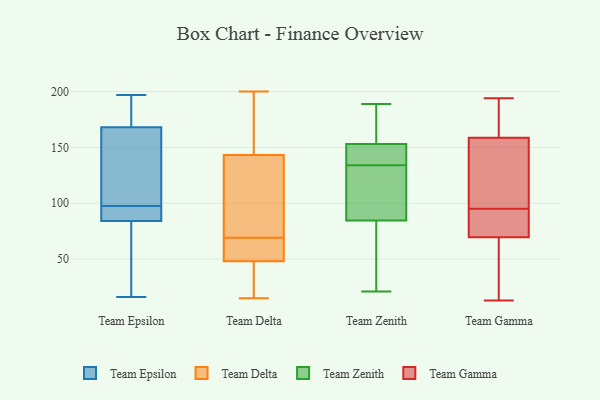
{"axis": {"x": "Revenue (USD Million)", "y": "Value"}, "legend": ["Team Delta", "Team Epsilon", "Team Gamma", "Team Zenith"], "data": [{"x": "", "y": 91, "type": "Team Epsilon"}, {"x": "", "y": 137, "type": "Team Epsilon"}, {"x": "", "y": 84, "type": "Team Epsilon"}, {"x": "", "y": 104, "type": "Team Epsilon"}, {"x": "", "y": 16, "type": "Team Epsilon"}, {"x": "", "y": 168, "type": "Team Epsilon"}, {"x": "", "y": 69, "type": "Team Epsilon"}, {"x": "", "y": 197, "type": "Team Epsilon"}, {"x": "", "y": 91, "type": "Team Epsilon"}, {"x": "", "y": 36, "type": "Team Epsilon"}, {"x": "", "y": 181, "type": "Team Epsilon"}, {"x": "", "y": 152, "type": "Team Epsilon"}, {"x": "", "y": 90, "type": "Team Epsilon"}, {"x": "", "y": 170, "type": "Team Epsilon"}, {"x": "", "y": 48, "type": "Team Delta"}, {"x": "", "y": 148, "type": "Team Delta"}, {"x": "", "y": 103, "type": "Team Delta"}, {"x": "", "y": 108, "type": "Team Delta"}, {"x": "", "y": 69, "type": "Team Delta"}, {"x": "", "y": 15, "type": "Team Delta"}, {"x": "", "y": 193, "type": "Team Delta"}, {"x": "", "y": 129, "type": "Team Delta"}, {"x": "", "y": 28, "type": "Team Delta"}, {"x": "", "y": 68, "type": "Team Delta"}, {"x": "", "y": 39, "type": "Team Delta"}, {"x": "", "y": 110, "type": "Team Delta"}, {"x": "", "y": 200, "type": "Team Delta"}, {"x": "", "y": 50, "type": "Team Delta"}, {"x": "", "y": 151, "type": "Team Delta"}, {"x": "", "y": 55, "type": "Team Delta"}, {"x": "", "y": 20, "type": "Team Delta"}, {"x": "", "y": 48, "type": "Team Delta"}, {"x": "", "y": 150, "type": "Team Delta"}, {"x": "", "y": 152, "type": "Team Zenith"}, {"x": "", "y": 21, "type": "Team Zenith"}, {"x": "", "y": 23, "type": "Team Zenith"}, {"x": "", "y": 154, "type": "Team Zenith"}, {"x": "", "y": 189, "type": "Team Zenith"}, {"x": "", "y": 140, "type": "Team Zenith"}, {"x": "", "y": 32, "type": "Team Zenith"}, {"x": "", "y": 128, "type": "Team Zenith"}, {"x": "", "y": 113, "type": "Team Zenith"}, {"x": "", "y": 176, "type": "Team Zenith"}, {"x": "", "y": 107, "type": "Team Zenith"}, {"x": "", "y": 143, "type": "Team Zenith"}, {"x": "", "y": 86, "type": "Team Zenith"}, {"x": "", "y": 171, "type": "Team Zenith"}, {"x": "", "y": 143, "type": "Team Zenith"}, {"x": "", "y": 83, "type": "Team Zenith"}, {"x": "", "y": 19, "type": "Team Gamma"}, {"x": "", "y": 155, "type": "Team Gamma"}, {"x": "", "y": 65, "type": "Team Gamma"}, {"x": "", "y": 90, "type": "Team Gamma"}, {"x": "", "y": 71, "type": "Team Gamma"}, {"x": "", "y": 95, "type": "Team Gamma"}, {"x": "", "y": 113, "type": "Team Gamma"}, {"x": "", "y": 185, "type": "Team Gamma"}, {"x": "", "y": 115, "type": "Team Gamma"}, {"x": "", "y": 170, "type": "Team Gamma"}, {"x": "", "y": 194, "type": "Team Gamma"}, {"x": "", "y": 188, "type": "Team Gamma"}, {"x": "", "y": 92, "type": "Team Gamma"}, {"x": "", "y": 13, "type": "Team Gamma"}, {"x": "", "y": 93, "type": "Team Gamma"}, {"x": "", "y": 151, "type": "Team Gamma"}, {"x": "", "y": 63, "type": "Team Gamma"}]}